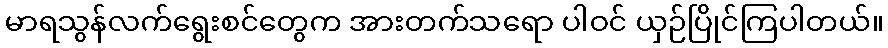
မာရသွန်လက်ရွေးစင်တွေက အားတက်သရော ပါဝင် ယှဉ်ပြိုင်ကြပါတယ်။